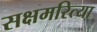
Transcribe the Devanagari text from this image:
सक्षमरित्या